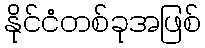
နိုင်ငံတစ်ခုအဖြစ်